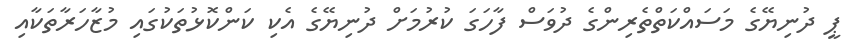
ޕީ ދުނިޔޭގެ މަސައްކަތްތެރިންގެ ދުވަސް ފާހަގަ ކުރުމަށް ދުނިޔޭގެ އެކި ކަންކޮޅުތަކުގައި މުޒާހަރާތަކާއި